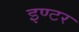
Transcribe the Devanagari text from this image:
इण्‍टर